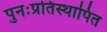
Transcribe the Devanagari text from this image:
पुनःप्रतिस्थापित